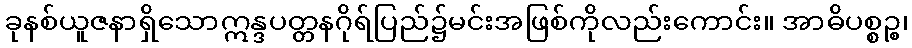
ခုနစ်ယူဇနာရှိသောဣန္ဒပတ္တနဂိုရ်ပြည်၌မင်းအဖြစ်ကိုလည်းကောင်း။ အာဓိပစ္စဉ္စ၊